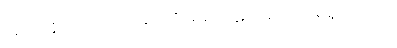
ပရိဟာနိ၊ ဆုတ်ယုတ်ခြင်းကို။ နော ပါဋိကင်္ခါ၊ အလိုမရှိအပ်။ (၁)